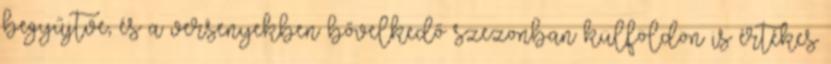
begyűjtve, és a versenyekben bővelkedő szezonban külföldön is értékes